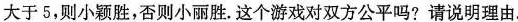
大于5，则小颖胜，否则小丽胜。这个游戏对双方公平吗?请说明理由。